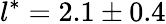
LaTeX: l^{*}=2.1\pm 0.4